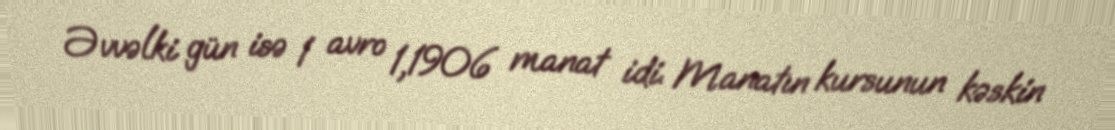
Əvvəlki gün isə 1 avro 1,1906 manat idi. Manatın kursunun kəskin